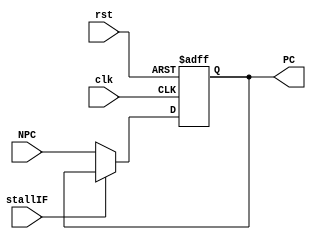
module pc (
    input wire        clk,
    input wire        rst,
    input wire [31:0] NPC,
    input wire        stallIF,

    output reg [31:0] PC
);

  always @(posedge clk or posedge rst) begin
    if (rst) begin
      PC <= 32'h0;
    end else if (~stallIF) begin
      PC <= NPC;
    end
    // stalling: do nothing
  end

endmodule